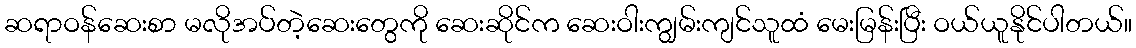
ဆရာဝန်ဆေးစာ မလိုအပ်တဲ့ဆေးတွေကို ဆေးဆိုင်က ဆေးဝါးကျွမ်းကျင်သူထံ မေးမြန်းပြီး ဝယ်ယူနိုင်ပါတယ်။